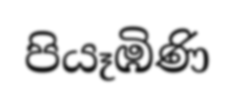
පියෑඹිණි